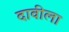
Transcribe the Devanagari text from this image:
दावीला